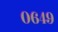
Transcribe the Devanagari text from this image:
०६४९